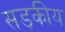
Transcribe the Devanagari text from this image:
सड़कीय